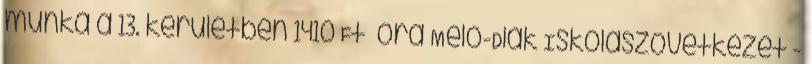
munka a 13. kerületben 1410 Ft óra Meló-Diák Iskolaszövetkezet -